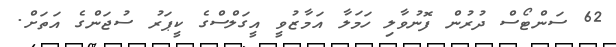
62 ސަންޓޯސް ދުރުން ފޮނުވާލި ހަމަލާ އަމާޒުވީ އީގަލްސްގެ ކީޕަރު ސުޖަންގެ އަތަށް.